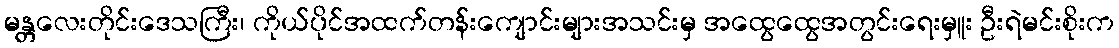
မန္တလေးတိုင်းဒေသကြီး၊ ကိုယ်ပိုင်အထက်တန်းကျောင်းများအသင်းမှ အထွေထွေအတွင်းရေးမှူး ဦးရဲမင်းစိုးက